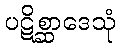
ပဋိစ္ဆာဒေသုံ